Vaccination report Assam 1874-1896 - 1874-1896
Year: 1874
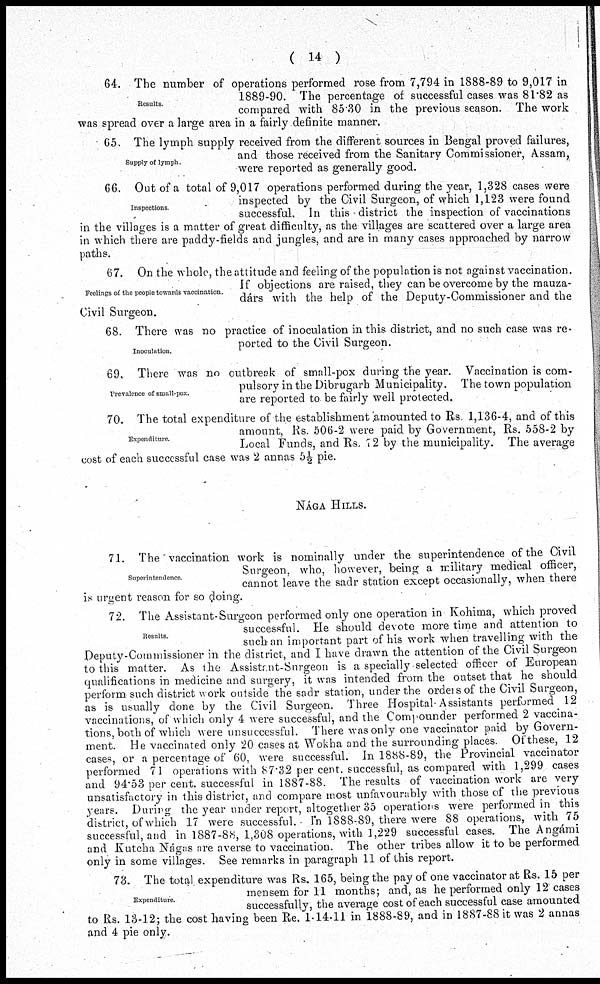
( 14 )
Results.
64. The number of operations performed rose from 7,794 in 1888-89 to 9,017 in
1889-90. The percentage of successful cases was 81.82 as
compared with 85.30 in the previous season. The work
was spread over a large area in a fairly definite manner.
Supply of lymph.
65. The lymph supply received from the different sources in Bengal proved failures,
and those received from the Sanitary Commissioner, Assam,
were reported as generally good.
Inspections.
66. Out of a total of 9,017 operations performed during the year, 1,328 cases were
inspected by the Civil Surgeon, of which 1,123 were found
successful. In this district the inspection of vaccinations
in the villages is a matter of great difficulty, as the villages are scattered over a large area
in which there are paddy-fields and jungles, and are in many cases approached by narrow
paths.
Feelings of the people towards vaccination.
67. On the whole, the attitude and feeling of the population is not against vaccination.
If objections are raised, they can be overcome by the mauza¬
dárs with the help of the Deputy-Commissioner and the
Civil Surgeon.
Inoculation.
68. There was no practice of inoculation in this district, and no such case was re-
ported to the Civil Surgeon.
Prevalence of small-pox.
69. There was no outbreak of small-pox during the year. Vaccination is com-
pulsory in the Dibrugarh Municipality. The town population
are reported to be fairly well protected.
Expenditure.
70. The total expenditure of the establishment amounted to Rs. 1,136-4, and of this
amount, Rs. 506-2 were paid by Government, Rs. 558-2 by
Local Funds, and Rs. 72 by the municipality. The average
cost of each successful case was 2 annas 5½ pie.
NÁGA HILLS.
Superintendence.
71. The vaccination work is nominally under the superintendence of the Civil
Surgeon, who, however, being a military medical officer,
cannot leave the sadr station except occasionally, when there
is urgent reason for so doing.
Results.
72. The Assistant-Surgeon performed only one operation in Kohima, which proved
successful. He should devote more time and attention to
such an important part of his work when travelling; with the
Deputy-Commissioner in the district, and I have drawn the attention of the Civil Surgeon
to this matter. As the Assistant-Surgeon is a specially selected officer of European
qualifications in medicine and surgery, it was intended from the outset that he should
perform such district work outside the sadr station, under the orders of the Civil Surgeon,
as is usually done by the Civil Surgeon. Three Hospital-Assistants performed 12
vaccinations, of which only 4 were successful, and the Compounder performed 2 vaccina-
tions, both of which were unsuccessful. There was only one vaccinator paid by Govern-
ment. He vaccinated only 20 cases at Wokha and the surrounding places Of these, 12
cases, or a percentage of 60, were successful. In 1888-89, the Provincial vaccinator
performed 71 operations with 87.32 per cent. successful, as compared with 1,299 cases
and 94.53 per cent. successful in 1887-88. The results of vaccination work are very
unsatisfactory in this district, and compare most unfavourably with those of the previous
years. During the year under report, altogether 35 operations were performed in this
district, of which 17 were successful. In 1888-89, there were 88 operations, with 75
successful, and in 1887-88, 1,308 operations, with 1,229 successful cases. The Angámi
and Kutcha Nágas are averse to vaccination. The other tribes allow it to be performed
only in some villages. See remarks in paragraph 11 of this report.
Expenditure.
73. The total expenditure was Rs. 165, being the pay of one vaccinator at Rs. 15 per
mensem for 11 months; and, as he performed only 12 cases
successfully, the average cost of each successful case amounted
to Rs. 13-12; the cost having been Re. 1-14-11 in 1888-89, and in 1887-88 it was 2 annas
and 4 pie only.